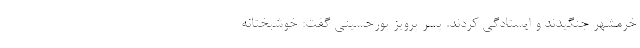
خرمشهر جنگیدند و ایستادگی کردند. پسر پرویز پورحسینی گفت: خوشبختانه